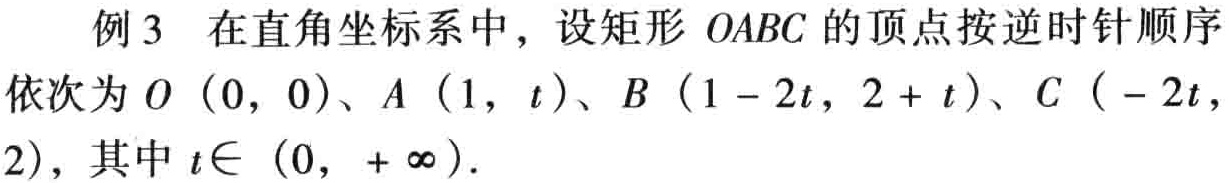
例3 在直角坐标系中，设矩形 \(OABC\) 的顶点按逆时针顺序依次为 \(O\ (0,\ 0)\)、\(A\ (1,\ t)\)、\(B\ (1 - 2t,\ 2 + t)\)、\(C\ ( - 2t,\ 2)\)，其中 \(t\in\ (0,\ +\infty)\)．